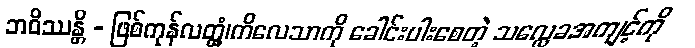
ဘဝိဿန္တိ - ဖြစ်ကုန်လတ္တံ့၊ကိလေသာကို ခေါင်းပါးစေတဲ့ သလ္လေခအကျင့်ကို